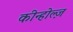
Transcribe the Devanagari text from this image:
कीन्होल्ज़